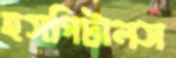
হসপিটালস